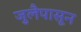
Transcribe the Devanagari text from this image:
जुलैपासून